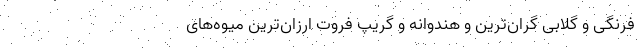
فرنگی و گلابی گران‌ترین و هندوانه و گریپ فُروت ارزان‌ترین میوه‌های